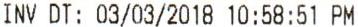
INV DT: 03/03/2018 10:58:51 PM